Leaving Certificate Examination, 1924
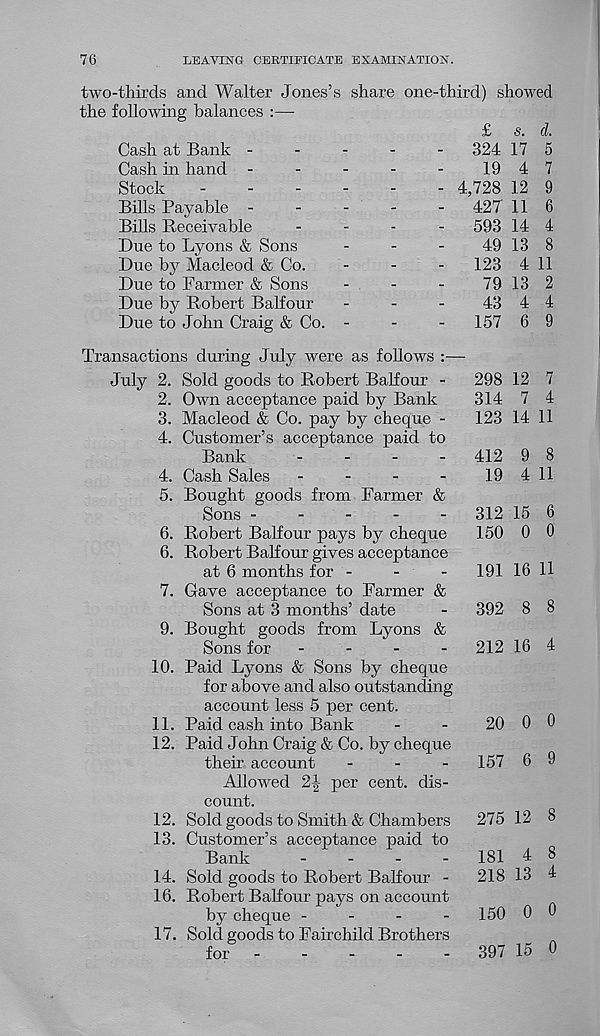
76
LEAVING CERTIFICATE EXAMINATION.
share one-third) showed
two-thirds and Walter Jones’s
the following balances :—
Cash at Bank -
Cash in hand -
Stock
-
.
.
.
Bills Payable -----
Bills Receivable
-
-
-
-
Due to Lyons & Sons
-
-
-
Due by Macleod & Co.
Due to Parmer & Sons
-
-
-
Due by Robert Balfour
-
-
-
Due to John Craig & Co. -
Transactions during July were as follows
July 2. Sold goods to Robert Balfour -
2. Own acceptance paid by Bank
3. Macleod & Co. pay by cheque -
4. Customer’s acceptance paid to
Bank
-
-
-
-
4. Cash Sales
-
-
-
-
5. Bought goods from Farmer &
Sons -----
Robert Balfour pays by cheque
Robert Balfour gives acceptance
at 6 months for -
-
-
Gave acceptance to Farmer &
Sons at 3 months’ date
Bought goods from Lyons &
Sons for
-
-
-
-
Paid Lyons & Sons by cheque
for above and also outstanding
account less 5 per cent.
Paid cash into Bank
Paid John Craig & Co. by cheque
their account
-
-
-
Allowed 2J per cent, dis-
count.
Sold goods to Smith & Chambers
Customer’s acceptance paid to
Bank
-
-
-
-
14. Sold goods to Robert Balfour -
16. Robert Balfour pays on account
by cheque -
-
-
-
17. Sold goods to Fairchild Brothers
for
-
-
-
-
-
£ s.
324 17
19 4
4,728 12
427' 11
593 14
49 13
123 4
79 13
6.
6.
7.
9.
10.
11.
12.
12.
13.
43
157
cl
5
7
9
6
4
8
11
2
4
9
298 12 7
314 7 4
123 14 11
412 9 8
19 4 11
312 15 6
150 0 0
191 16 11
392 8 8
212 16 4
20 0 0
157 6 9
275 12 8
181 4 8
218 13 4
150 0 0
3Q7 15 0